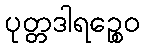
ပုတ္တဒါရဉ္စေဝ